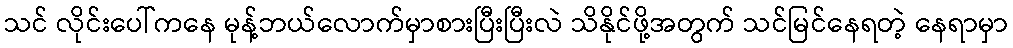
သင် လိုင်းပေါ်ကနေ မုန့်ဘယ်လောက်မှာစားပြီးပြီးလဲ သိနိုင်ဖို့အတွက် သင်မြင်နေရတဲ့ နေရာမှာ